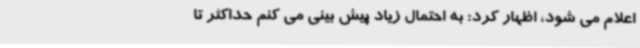
اعلام می شود، اظهار کرد: به احتمال زیاد پیش بینی می کنم حداکثر تا